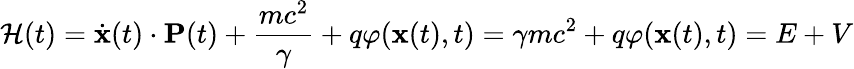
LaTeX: {\mathcal{H}}(t)={\dot{\mathbf{x}}}(t)\cdot\mathbf{P}(t)+{\frac{mc^{2}}{\gamma}}+q\varphi(\mathbf{x}(t),t)=\gamma mc^{2}+q\varphi(\mathbf{x}(t),t)=E+V